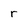
Character: r